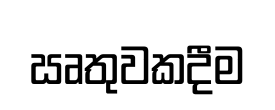
ඍතුවකදීම